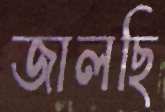
জালছি